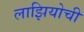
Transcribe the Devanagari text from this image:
लाझियोची